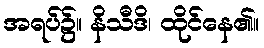
အရပ်၌။ နိသီဒိ၊ ထိုင်နေ၏။